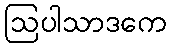
ဩပါသာဒကေ